Indian journal of veterinary science and animal husbandry - Volumes 15-17, 1948-1951
Year: 1948
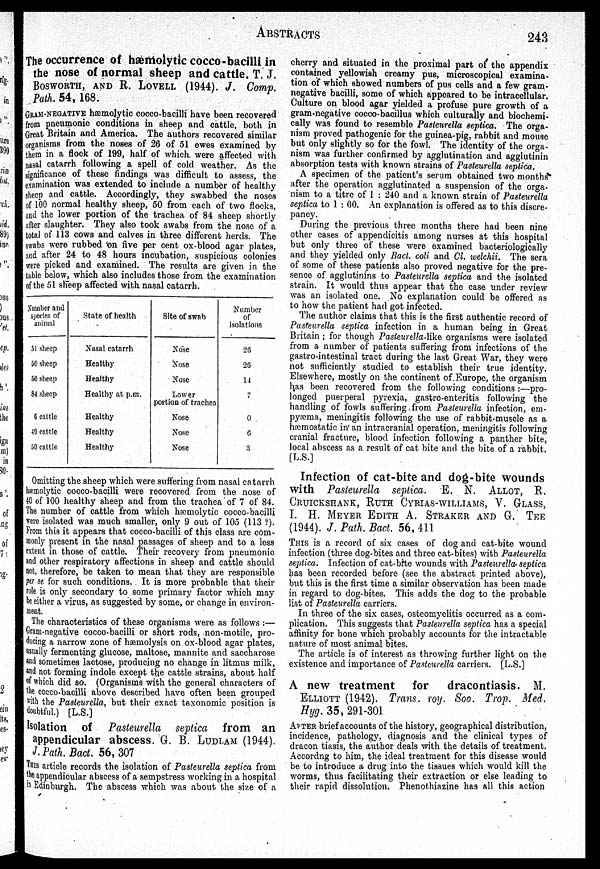
ABSTRACTS
243
The occurrence of hæmolytic cocco-bacilli in
the nose of normal sheep and cattle. T. J.
BOSWORTH, AND B. LOVELL (1944). J. Comp.
Path. 54, 168.
GRAM-NEGATIVE
hæmolytic cocco-bacilli have been recovered
from pneumonic conditions in sheep and cattle, both in
Great Britain and America. The authors recovered similar
organisms from the noses of 26 of 51 ewes examined by
them in a flock of 199, half of which were affected with
nasal catarrh following a spell of cold weather. As the
significance of these findings was difficult to assess, the
examination was extended to include a number of healthy
sheep and cattle. Accordingly, they swabbed the noses
of 100 normal healthy sheep, 50 from each of two flocks,
and the lower portion of the trachea of 84 sheep shortly
after slaughter. They also took swabs from the nose of a
total of 113 cows and calves in three different herds. The
swabs were rubbed on five per cent ox-blood agar plates,
and after 24 to 48 hours incubation, suspicious colonies
were picked and examined. The results are given in the
table below, which also includes those from the examination
of the 51 sheep affected with nasal catarrh.
Number and
species of
animal
51 sheep
50 sheep
50 sheep
84 sheep
6 cattle
49 cattle
50 cattle
State of health
Nasal catarrh
Healthy
Healthy
Healthy at p.m.
Healthy
Healthy
Healthy
Site of swab
Nose
Nose
Nose
Lower
portion of trachea
Nose
Nose
Nose
Number
or
isolations
26
26
14
7
0
6
3
Omitting the sheep which were suffering from nasal catarrh
hæmolytic cocco-bacilli were recovered from the nose of
40 of 100 healthy sheep and from the trachea of 7 of 84.
The number of cattle from which hæmolytic cocco-bacilli
were isolated was much smaller, only 9 out of 105 (113 ?).
From this it appears that cocco-bacilli of this class are com-
monly present in the nasal passages of sheep and to a less
extent in those of cattle. Their recovery from pneumonic
and other respiratory affections in sheep and cattle should
not, therefore, be taken to mean that they are responsible
per se for such conditions. It is more probable that their
role is only secondary to some primary factor which may
be either a virus, as suggested by some, or change in environ-
ment.
The characteristics of these organisms were as follows :—
Gram-negative cocco-bacilli or short rods, non-motile, pro-
ducing a narrow zone of hæmolysis on ox-blood agar plates,
usually fermenting glucose, maltose, mannite and saccharose
and sometimes lactose, producing no change in litmus milk,
and not forming indole except the cattle strains, about half
of which did so. (Organisms with the general characters of
the cocco-bacilli above described have often been grouped
with the Pasteurella, but their exact taxonomic position is
doubtful.) [L.S.]
Isolation of Pasteurella septica from an
appendicular abscess. G. B. LUDLAM (1944).
J. Path. Bact. 56, 307
THIS article records the isolation of Pasteurella septica from
the appendicular abscess of a sempstress working in a hospital
i n Edinburgh. The abscess which was about the size of a
cherry and situated in the proximal part of the appendix
contained yellowish creamy pus, microscopical examina-
tion of which showed numbers of pus cells and a few gram-
negative bacilli, some of which appeared to be intracellular.
Culture on blood agar yielded a profuse pure growth of a
gram-negative cocco-bacillus which culturally and biochemi-
cally was found to resemble Pasteurella septica. The orga-
nism proved pathogenic for the guinea-pig, rabbit and mouse
but only slightly so for the fowl. The identity of the orga-
nism was further confirmed by agglutination and agglutinin
absorption tests with known strains of Pasteurella septica.
A specimen of the patient's serum obtained two months
after the operation agglutinated a suspension of the orga-
nism to a titre of 1 : 240 and a known strain of Pasteurella
septica to 1 : 60. An explanation is offered as to this discre-
pancy.
During the previous three months there had been nine
other cases of appendicitis among nurses at this hospital
but only three of these were examined bacteriologically
and they yielded only Bact. coli and Cl. welchii. The sera
of some of these patients also proved negative for the pre-
sence of agglutinins to Pasteurella septica and the isolated
strain. It would thus appear that the case under review
was an isolated one. No explanation could be offered as
to how the patient had got infected.
The author claims that this is the first authentic record of
Pasteurella septica infection in a human being in Great
Britain ; for though Pasteurella-like organisms were isolated
from a number of patients suffering from infections of the
gastro-intestinal tract during the last Great War, they were
not sufficiently studied to establish their true identity.
Elsewhere, mostly on the continent of Europe, the organism
has been recovered from the following conditions :—pro-
longed puerperal pyrexia, gastro-enteritis following the
handling of fowls suffering from Pasteurella infection, em-
pyæma, meningitis following the use of rabbit-muscle as a
hæmostatic in' an intracranial operation, meningitis following
cranial fracture, blood infection following a panther bite,
local abscess as a result of cat bite and the bite of a rabbit.
[L.S.]
Infection of cat-bite and dog-bite wounds
with Pasteurella septica. E. N. ALLOT, R.
CRUICKSHANK, RUTH CYRIAS-WILLIAMS, V. GLASS,
I. H. MEYER EDITH A. STRAKER AND G. TEE
(1944). J. Path. Bact. 56, 411
THIS is a record of six cases of dog and cat-bite wound
infection (three dog-bites and three cat-bites) with Pasteurella
septica. Infection of cat-bite wounds with Pasteurella-septica
has been recorded before (see the abstract printed above),
but this is the first time a similar observation has been made
in regard to dog-bites. This adds the dog to the probable
list of Pasteurella carriers.
In three of the six cases, osteomyelitis occurred as a com-
plication. This suggests that Pasteurella septica has a special
affinity for bone which probably accounts for the intractable
nature of most animal bites.
The article is of interest as throwing further light on the
existence and importance of Pasteurella carriers. [L.S.]
A new treatment
for
dracontiasis. M.
ELLIOT (1942). Trans. roy. Soo. Trop. Med.
Hyg. 35, 291-301
AFTER brief accounts of the history, geographical distribution,
incidence, pathology, diagnosis and the clinical types of
dracon tiasis, the author deals with the details of treatment.
Accordng to him, the ideal treatment for this disease would
be to introduce a drug into the tissues which would kill the
worms, thus facilitating their extraction or else leading to
their rapid dissolution. Phenothiazine has all this action